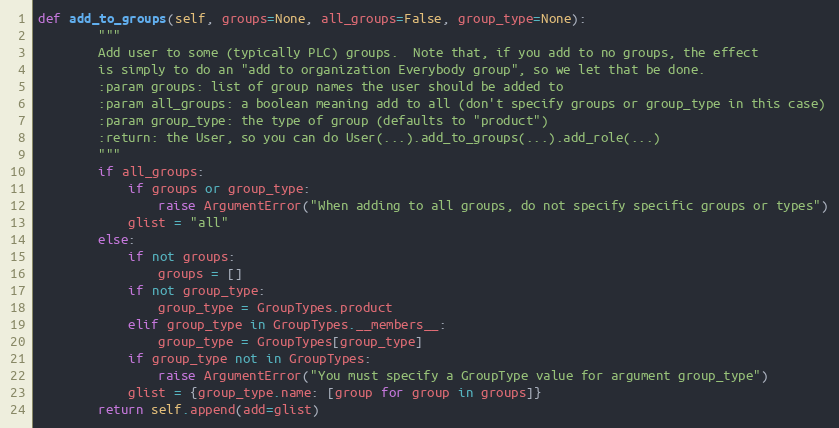
Language: Python
def add_to_groups(self, groups=None, all_groups=False, group_type=None):
        """
        Add user to some (typically PLC) groups.  Note that, if you add to no groups, the effect
        is simply to do an "add to organization Everybody group", so we let that be done.
        :param groups: list of group names the user should be added to
        :param all_groups: a boolean meaning add to all (don't specify groups or group_type in this case)
        :param group_type: the type of group (defaults to "product")
        :return: the User, so you can do User(...).add_to_groups(...).add_role(...)
        """
        if all_groups:
            if groups or group_type:
                raise ArgumentError("When adding to all groups, do not specify specific groups or types")
            glist = "all"
        else:
            if not groups:
                groups = []
            if not group_type:
                group_type = GroupTypes.product
            elif group_type in GroupTypes.__members__:
                group_type = GroupTypes[group_type]
            if group_type not in GroupTypes:
                raise ArgumentError("You must specify a GroupType value for argument group_type")
            glist = {group_type.name: [group for group in groups]}
        return self.append(add=glist)